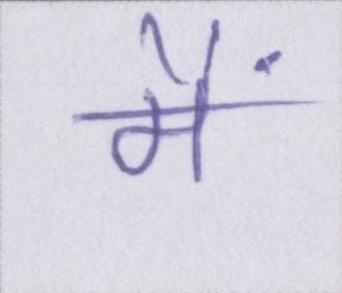
मैं